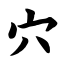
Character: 穴